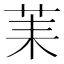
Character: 䒹